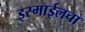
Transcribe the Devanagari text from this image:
इस्माईलचा